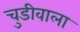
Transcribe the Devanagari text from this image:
चुडीवाला